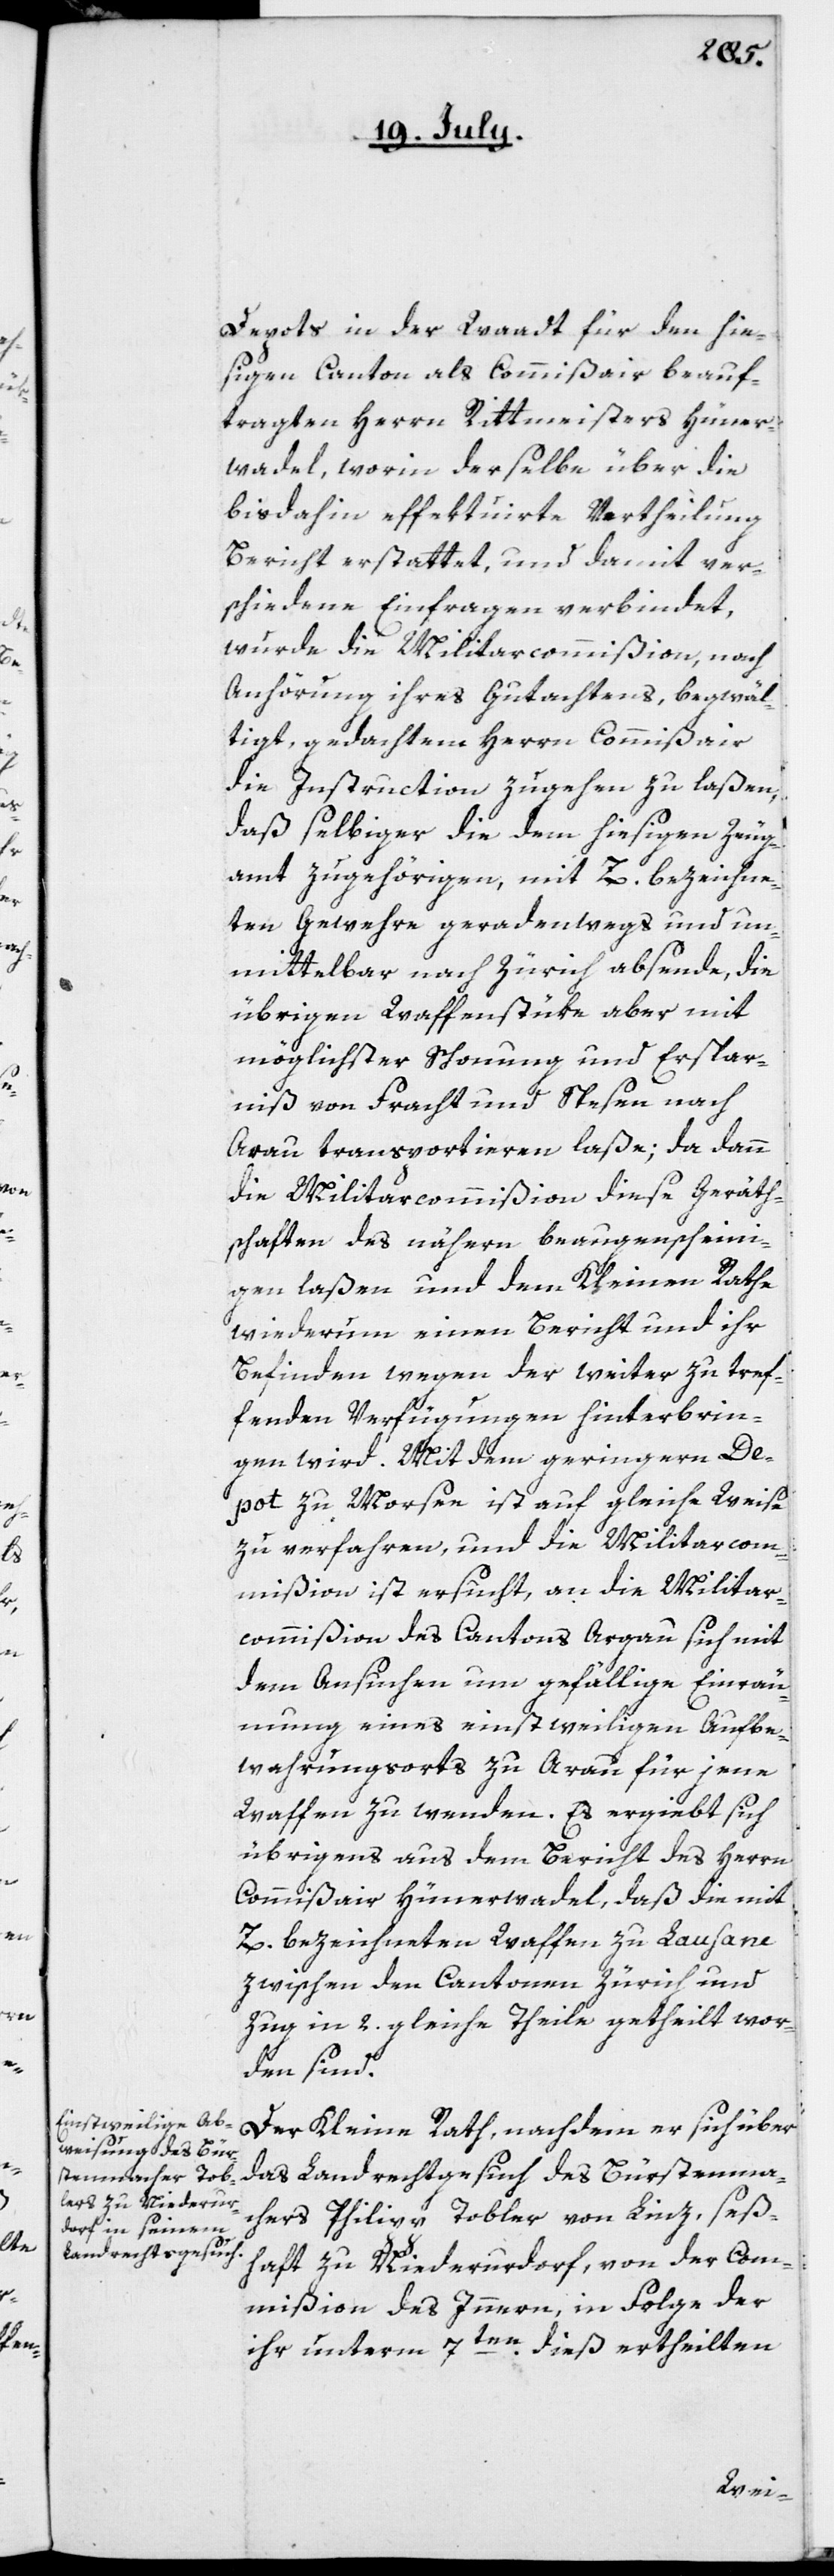
Depots in der Waadt, für den hie¬
sigen Canton als Commißair beauf¬
tragten Herrn Rittmeister Hüner¬
wadel, worin derselbe über die
bis dahin effektuirte Vertheilung
Bericht erstattet, und damit ver¬
schiedene Einfragen verbindet,
wurde die Militarcommißion, nach
Anhörung ihres Gutachtens begwäl¬
tigt, gedachtem Herrn Commißair
die Instruction zugehen zu laßen,
daß selbiger die dem hiesigen Zeug¬
amt zugehörigen, mit Z. bezeichne¬
ten Gewehre geradenwegs und un¬
mittelbar nach Zürich absende, die
übrigen Waffenstüke aber mit
möglichster Schonung und Erspar¬
niß von Fracht und Spesen nach
Arau transportieren laße; da dann
die Militarcommißion diese Geräth¬
schaften des Nähern beaugenscheini¬
gen laßen und dem Kleinen Rathe
wiederum einen Bericht und ihr
Befinden wegen der weiter zu tref¬
fenden Verfügungen hinterbrin¬
gen wird. Mit dem geringern De¬
pot zu Morsen ist auf gleiche Weise
zu verfahren, und die Militarcom¬
mißion ist ersucht, an die Militar¬
commißion des Cantons Argau sich mit
dem Ansuchen um gefällige Einräu¬
mung eines einstweiligen Aufbe¬
wahrungsorts zu Arau für jene
Waffen zu wenden. Es ergiebt sich
übrigens aus dem Bericht des Herrn
Commißair Hünerwadel, daß die mit
Z. bezeichneten Waffen zu Lausan[n]e
zwischen den Cantonen Zürich und
Zug in 2. gleiche Theile getheilt wor¬
den sind.
Der Kleine Rath, nachdem er sich über
das Landrechtgesuch des Bürstenma¬
chers Philipp Tobler von Linz, seß¬
haft zu Niederurdorf, von der Com¬
mißion des Innern in Folge der
ihr unterm 7ten dieß ertheilten